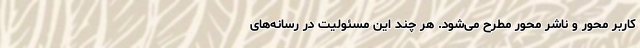
کاربر محور و ناشر محور مطرح می‌شود. هر چند این مسئولیت در رسانه‌های